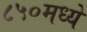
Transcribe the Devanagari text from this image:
८५०मध्ये